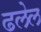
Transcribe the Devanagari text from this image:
ढलेल